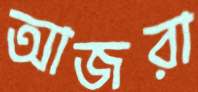
আজরা